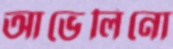
আভেলিনো